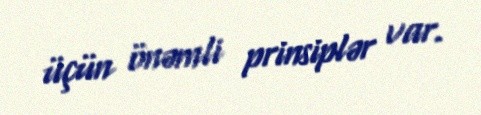
üçün önəmli prinsiplər var.